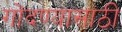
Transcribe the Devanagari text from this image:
गोंदण्यासाठी